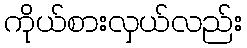
ကိုယ်စားလှယ်လည်း